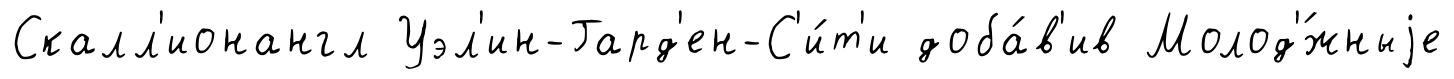
Скалл'ионангл Уэл'ин-Гард'ен-С'и́т'и доба́в'ив Молод'́жныjе